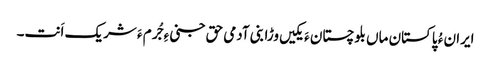
ایران ءُ پاکستان ماں بلوچستان ءَ یکیں وڑا بنی آدمی حق جنی ءِ جُرم ءَ شریک اَنت۔